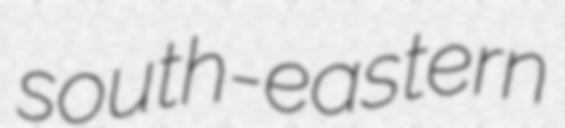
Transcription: south-eastern